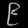
Digit: ၉